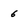
Character: 6